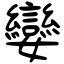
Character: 孌